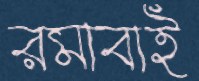
রমাবাই